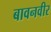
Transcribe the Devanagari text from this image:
बावनवीर